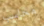
محاسب